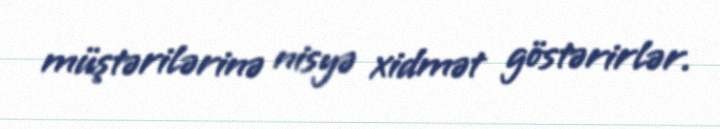
müştərilərinə nisyə xidmət göstərirlər.